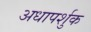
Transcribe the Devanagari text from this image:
अधापर्शुक